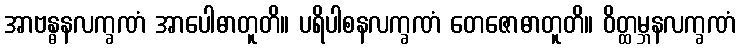
အာဗန္ဓနလက္ခဏံ အာပေါဓာတူတိ။ ပရိပါစနလက္ခဏံ တေဇောဓာတူတိ။ ဝိတ္ထမ္ဘနလက္ခဏံ